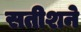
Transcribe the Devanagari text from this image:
सतीशने